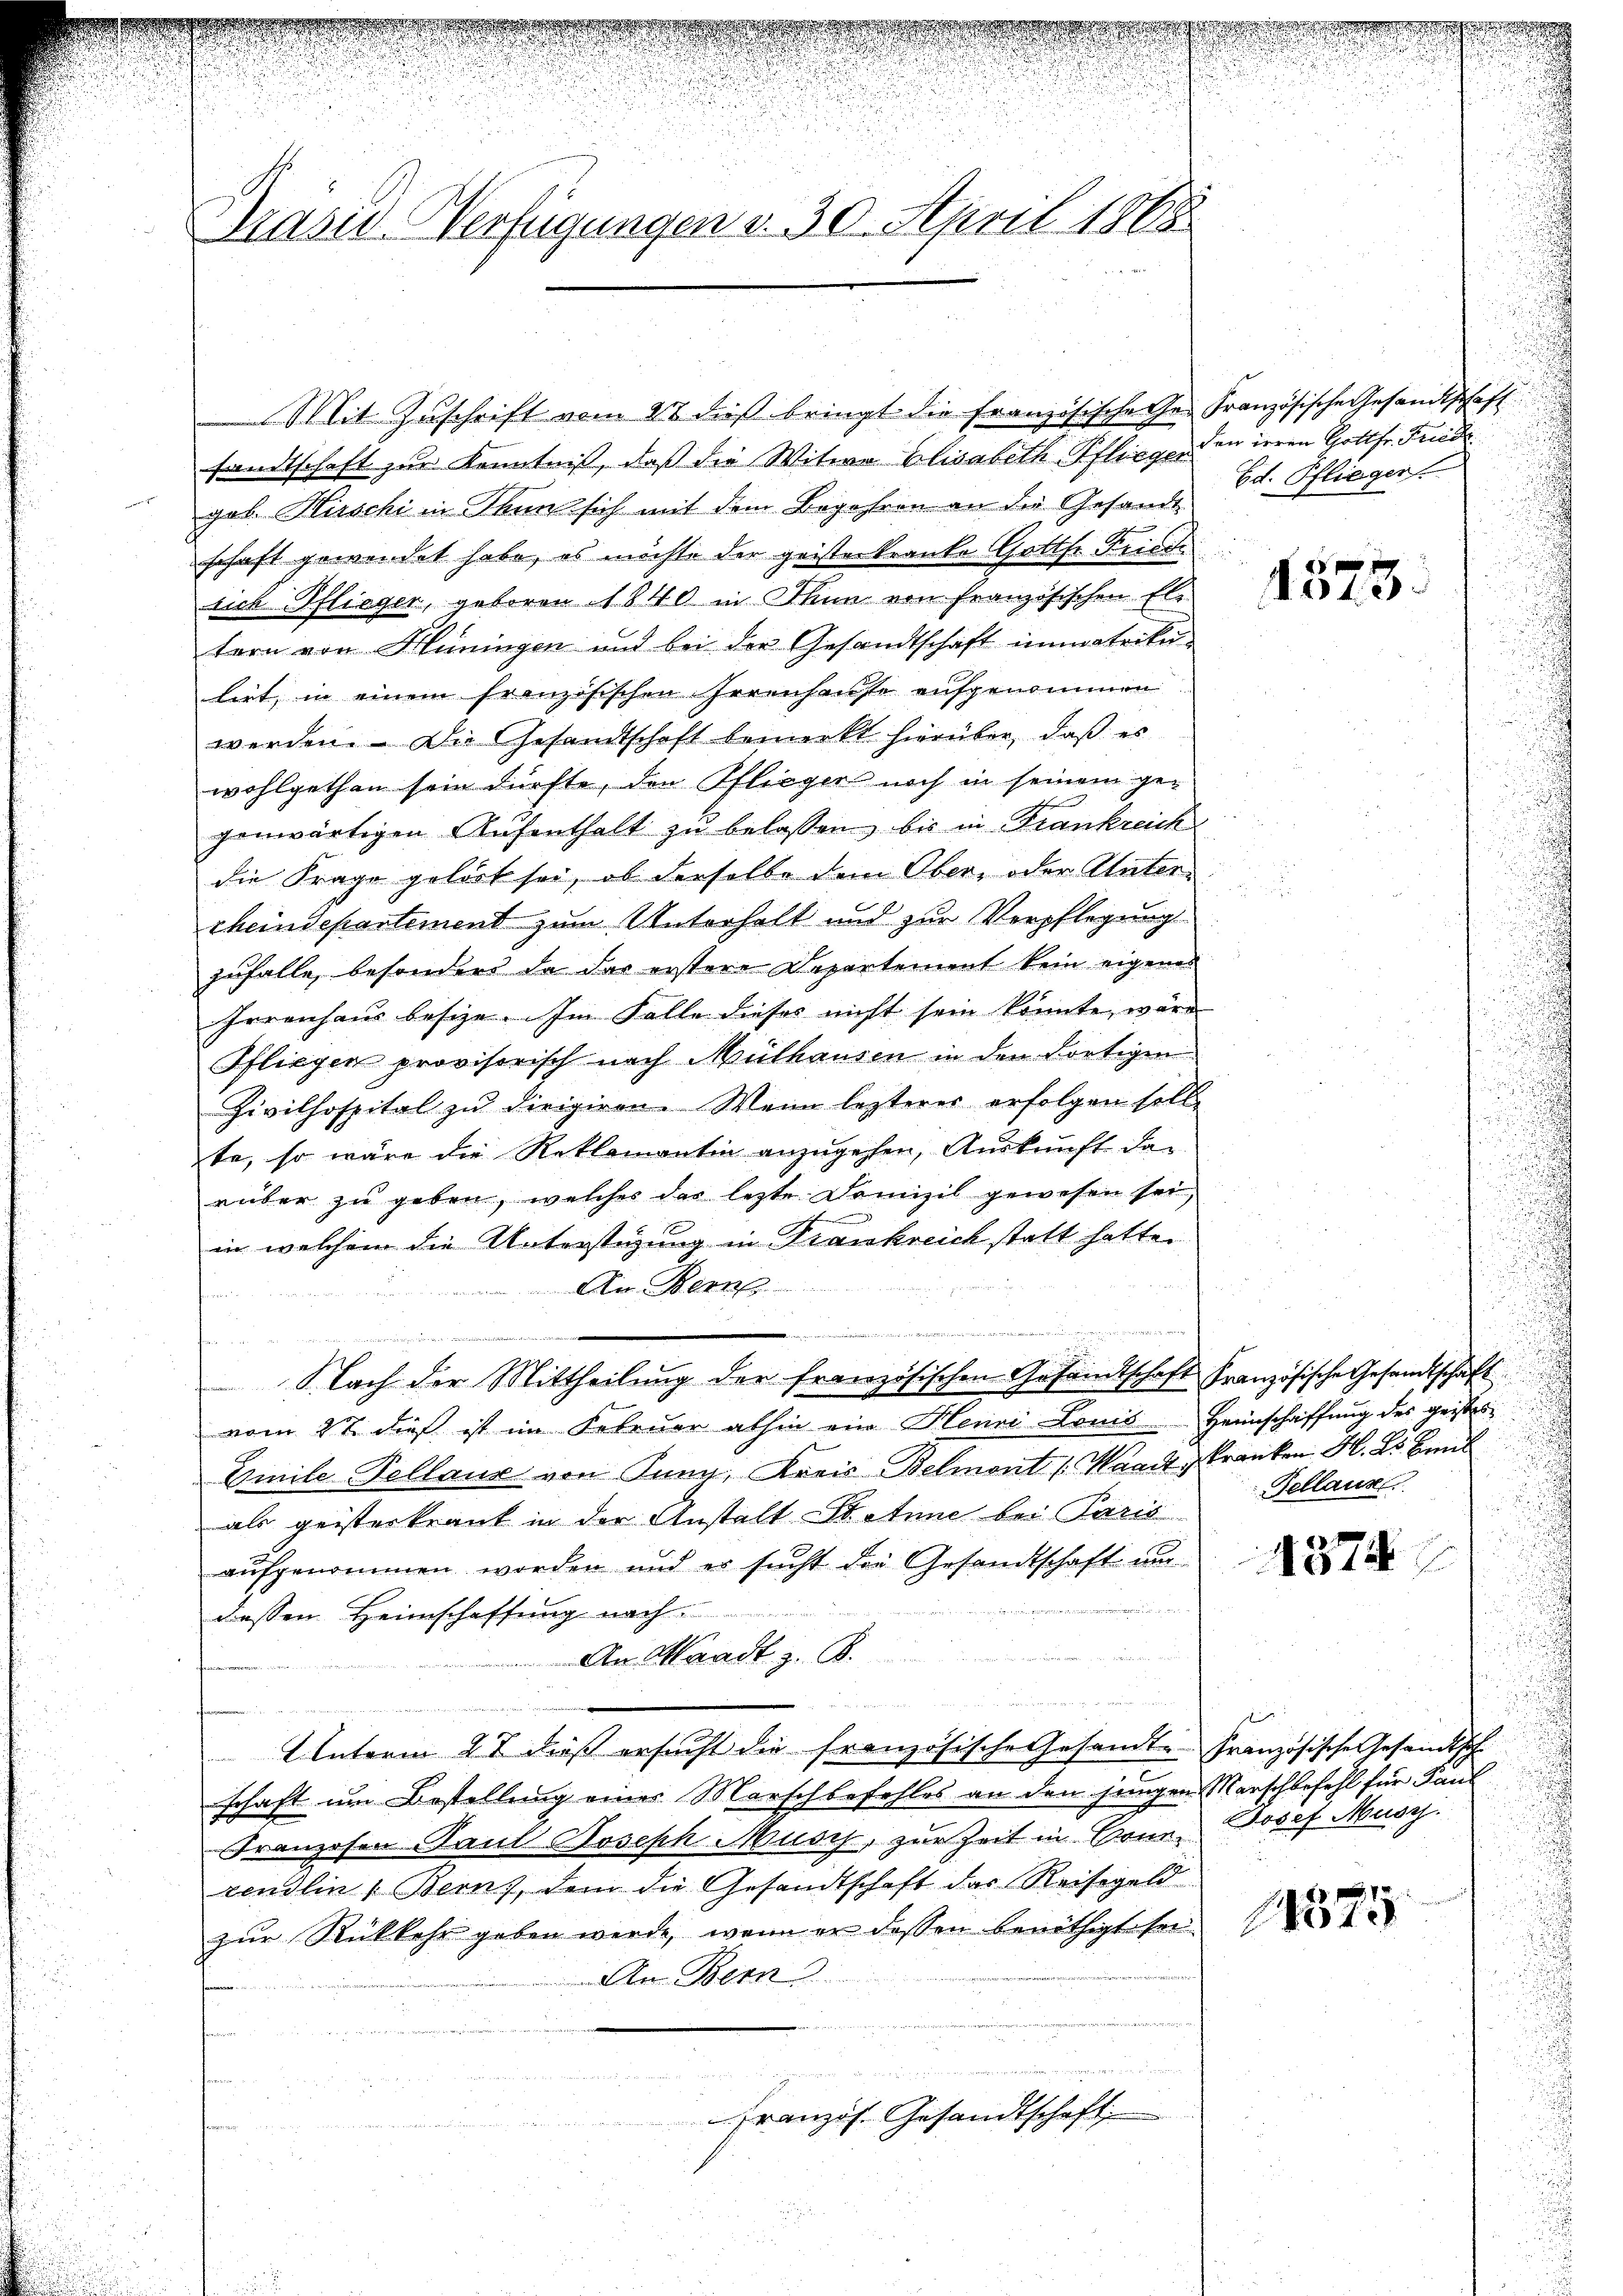
Prasis Verfügungen v. 30. April 1865

Mit Zuschrift vom 22 dieß bringt die Französische es Französische Gesandtschaft
sandtschaft zur Kenntniß, daß die Witwe Elisabeth Pflieger den ieren Gottfr. Friede
geb. Hirschi in Senn sich mit dem Begehren an die Gesandt
schaft gewendet habe, es möchte der geisterkranke Gottfr. Friede
sich Pflieger, geboren 1840 in Thun von Französischen Eltern von Hüningen und bei der Gesandtschaft immatrike
lirt, in einem französischen Irrenhause aufgenommen
werden. Die Gesandtschaft bemerkt hierüber, daß es
wohlgethan sein dürfte, den Pflieger noch in seinem gegenwärtigen Aŭfenthalt zu belassen, bis in Frankreich
die Frage gelöst sei, ob derselbe dem Ober, oder Unterrheindepartement zum Unterhalt und zur Verpflegung
zufalle, besonders da das erstere Departement kein eigenes
Irrenhaus besize. Im Falle dieses nicht sein könnte, wäre
Pfliegen provisorisch nach Mülhausen in den dortigen
Zivilhospital zu dirigiren. Wenn lezterer erfolgen soll.
te, so wäre die Reklamantin anzugehen, Auskunft dan
rüber zu geben, welches das lezte Domizil gewesen sei,
r
in welchem die Unterstigung in Trankreich statt hatte.
Ain Bern
wär
f

 wenn eine
Nach der Mittheilung der französischen Gesandtschaft französische Gesandtschaft
vom 2t dieß ist im Februar abhin ein Henri Louis Heimschaffung des geistes¬
Emile-Tellaus von Jung, Kreis Belmont (Waadt, Franken H. E. Beil
als geisterkrank in der Anstalt Statum bei Paris
aufgenommen worden und er sucht die Gesandtschaft un
seh wen
diesen Heimschaffung nach
e
An Waadt z. B.
wet es wegen zu vers
u

 Unterm 27 dieß ersucht die französische Gesandte Französische Gesandtschschaft um Bestellung eines Marschbefehles an den jungen Marschbefehl für Paul
Franzosen Paul Joseph Musch, zur Zeit in Bonn, Josef Musrj.
xendlin (Bern), dem die Gesandtschaft das Reisegeld
zur Rückkehr geben werde, wenn er dessen benöthigt sei.
An Bern

u
.
Französ. Gesandtschaft

n
Ed. Pflieger.

u

1573.

Gellaus

1374

1
1